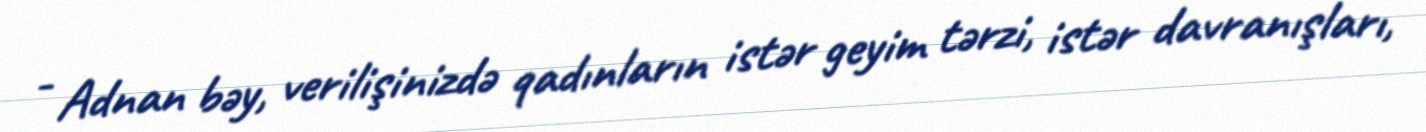
- Adnan bəy, verilişinizdə qadınların istər geyim tərzi, istər davranışları,